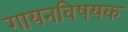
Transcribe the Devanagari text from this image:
गायनविषयक